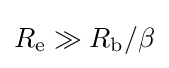
{\textstyle R_{\text{e}}\gg R_{\text{b}}/\beta }